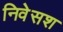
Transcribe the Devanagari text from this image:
निवेसश